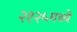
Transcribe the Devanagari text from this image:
२१२५मध्ये